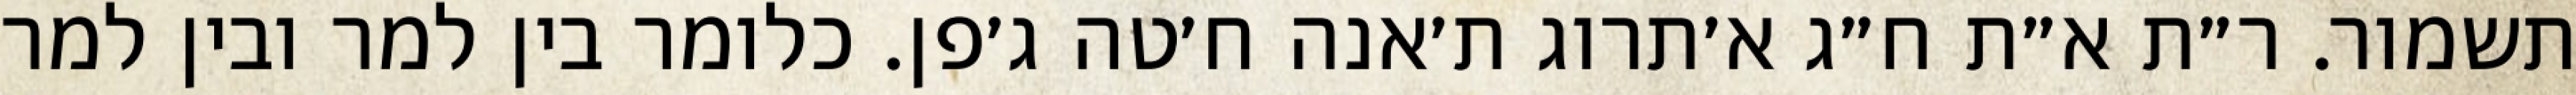
תשמור. ר״ת א״ת ח״ג א׳תרוג ת׳אנה ח׳טה ג׳פן. כלומר בין למר ובין למר